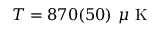
T = 8 7 0 ( 5 0 ) ~ \mu \mathrm { ~ K ~ }